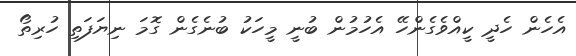
އެހެން ހެދީ ކީއްވެގެންހޭ އެހުމުން ބުނީ މީހަކު ބުނެގެން ގޮމަ ނިޔަފަތި ހުރިތޯ